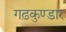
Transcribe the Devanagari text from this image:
गढ़कुण्डार